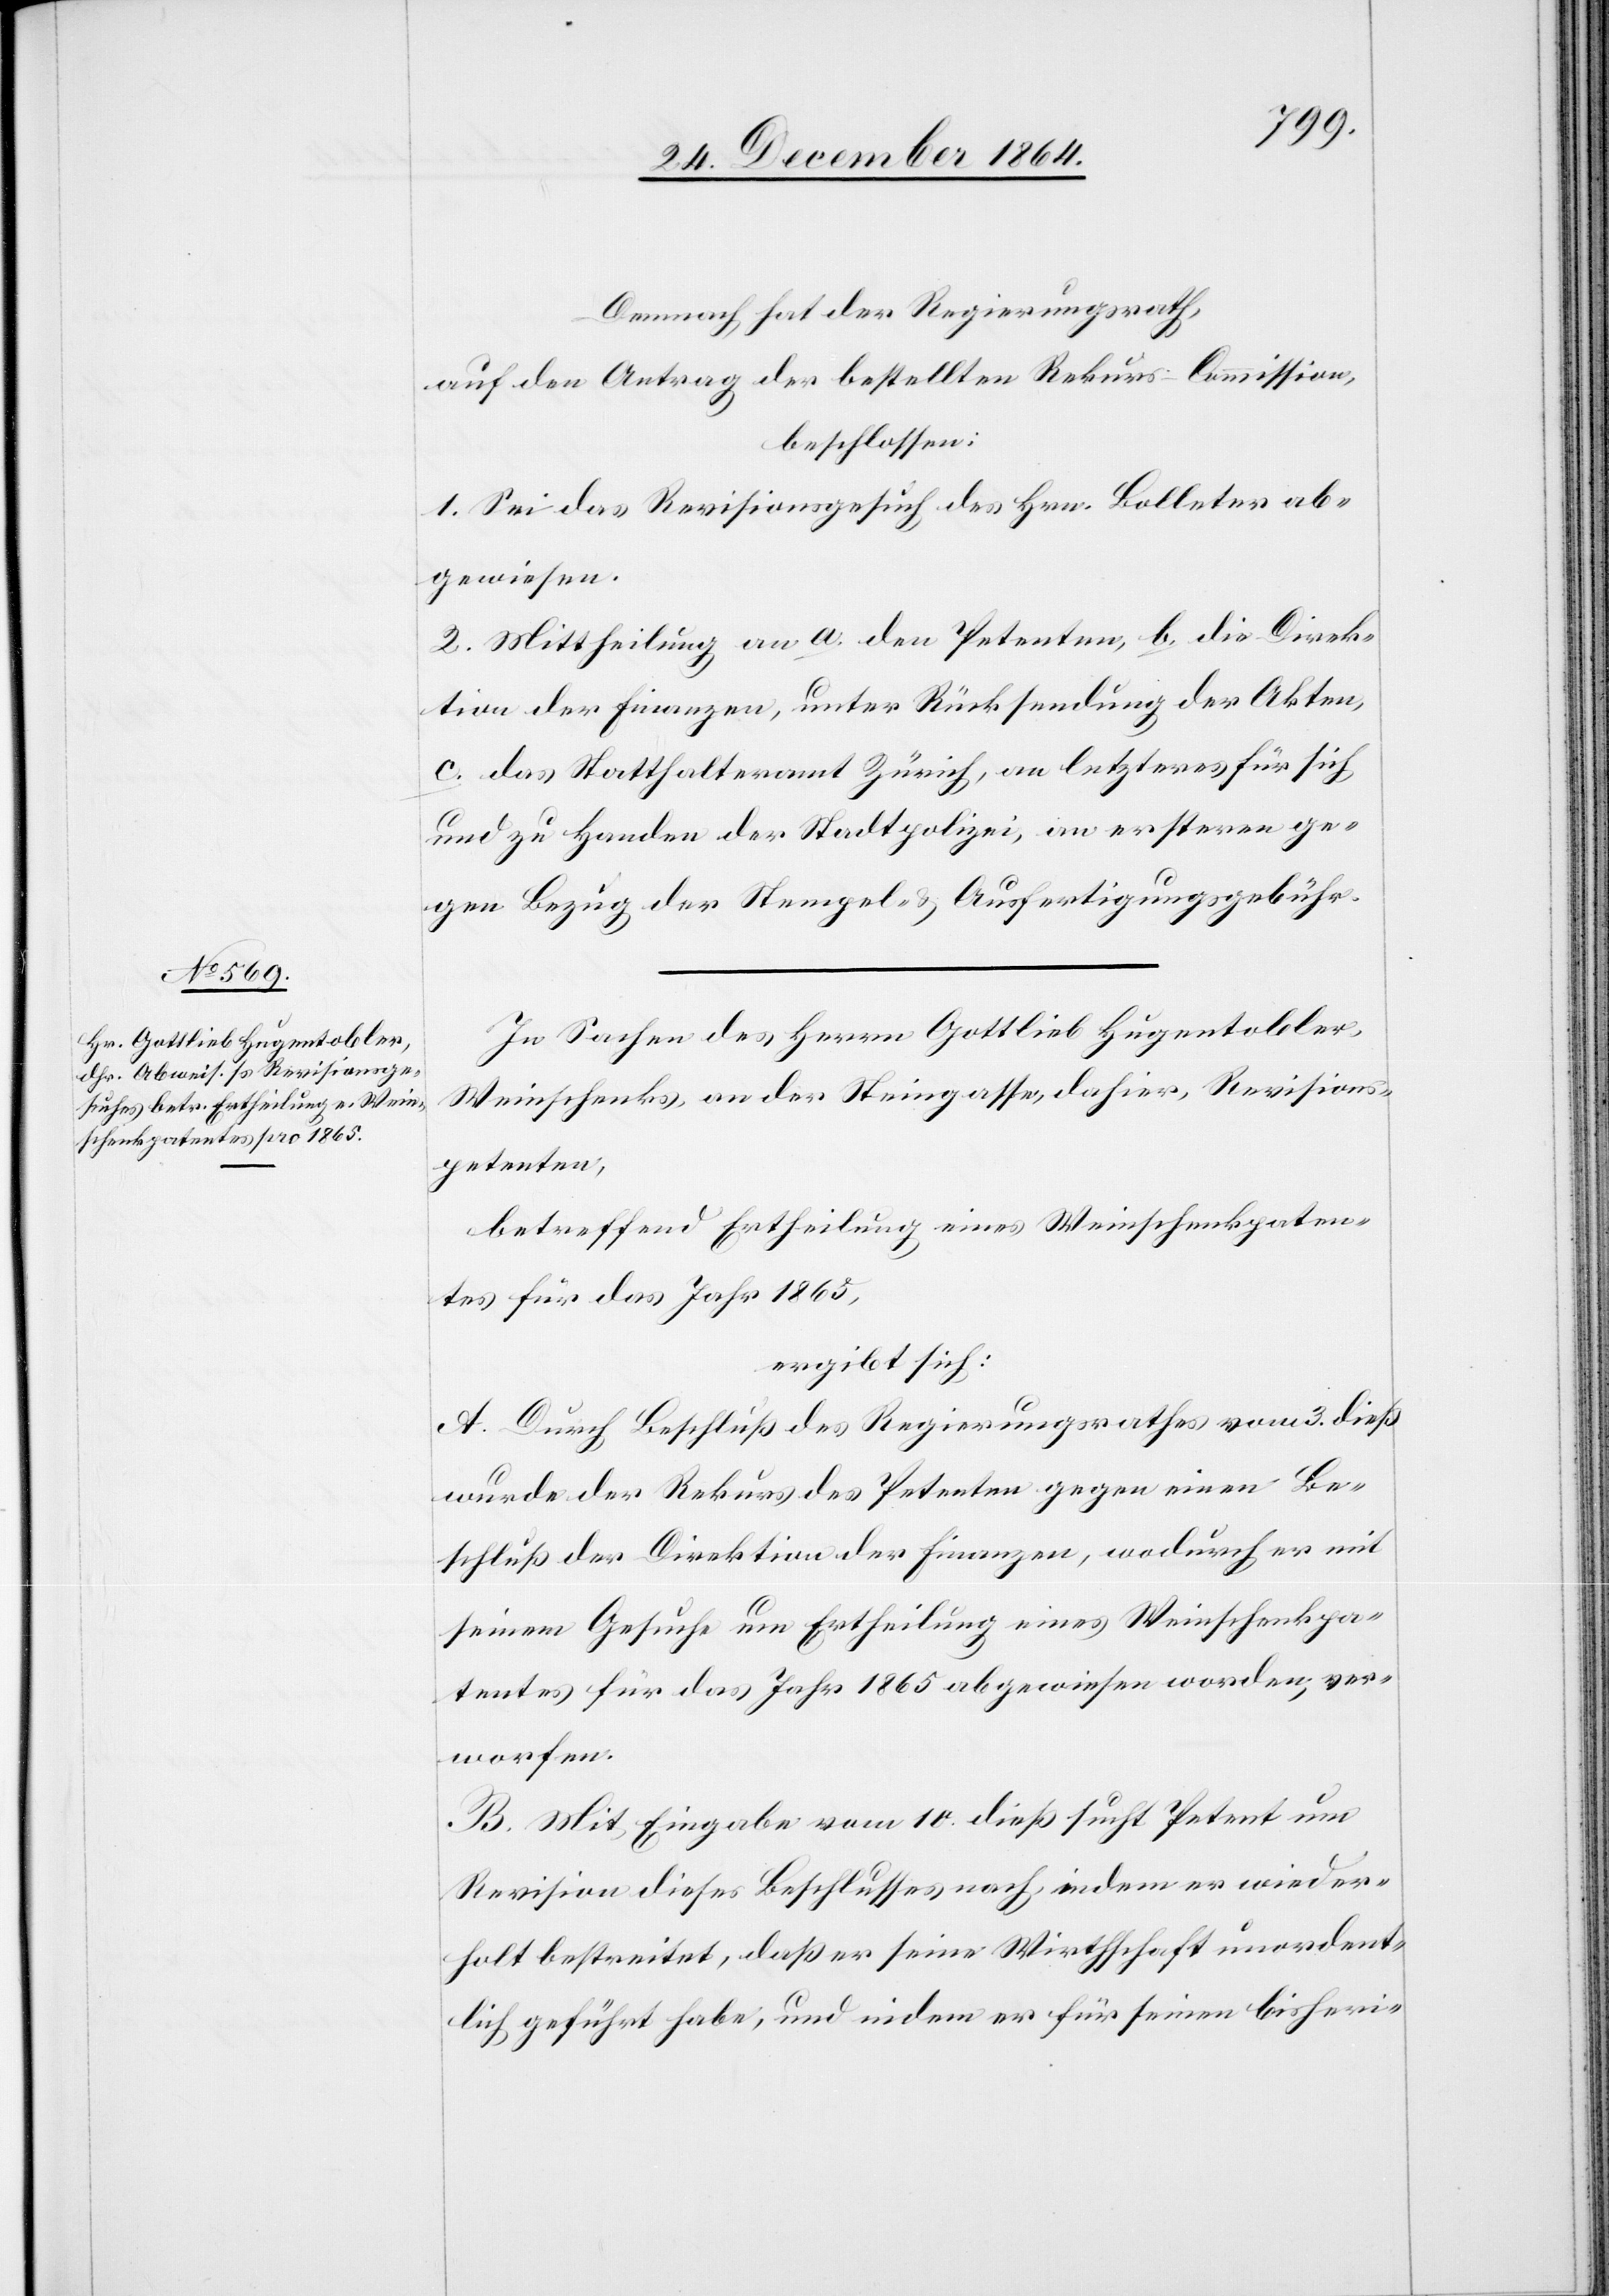
Demnach hat der Regierungsrath,
auf den Antrag der bestellten Rekurs-Commission,
beschlossen:
1. Sei das Revisionsgesuch des Hrn. Bolleter ab¬
gewiesen.
2. Mittheilung an a. den Petenten, b. die Direk¬
tion der Finanzen, unter Rücksendung der Akten,
c. das Statthalteramt Zürich, an letzteres für sich
und zu Handen der Stadtpolizei, an ersteren ge¬
gen Bezug der Stempel- & Ausfertigungsgebühr.
In Sachen des Herrn Gottlieb Hugentobler,
Weinschenks, an der Steingasse, dahier, Revisions¬
petenten,
betreffend Ertheilung eines Weinschenkpaten¬
tes für das Jahr 1865,
ergibt sich:
A. Durch Beschluß des Regierungsrathes vom 3. dieß
wurde der Rekurs des Petenten gegen einen Be¬
schluß der Direktion der Finanzen, wodurch er mit
seinem Gesuche um Ertheilung eines Weinschenkpa¬
tentes für das Jahr 1865 abgewiesen worden, ver¬
worfen.
B. Mit Eingabe vom 10. dieß sucht Petent um
Revision dieses Beschlusses nach, indem er wieder¬
holt bestreitet, daß er seine Wirthschaft unordent¬
lich geführt habe, und indem er für seinen bisheri-